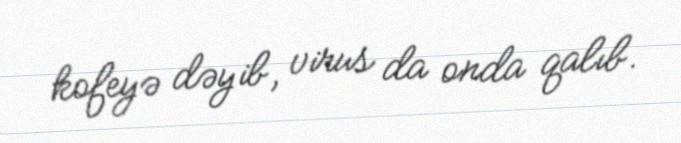
kofeyə dəyib, virus da onda qalıb.